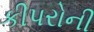
કીપરોની